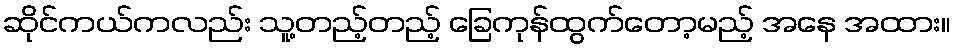
ဆိုင်ကယ်ကလည်း သူ့တည့်တည့် ခြေကုန်ထွက်တော့မည့် အနေ အထား။